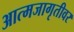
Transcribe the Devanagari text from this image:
आत्मजागृतीवर